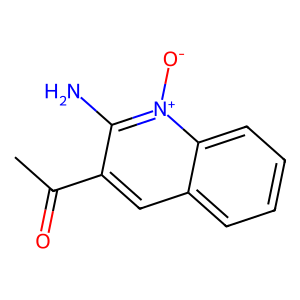
SMILES: CC(=O)c1cc2ccccc2[n+]([O-])c1N
Inhibits HIV replication: No